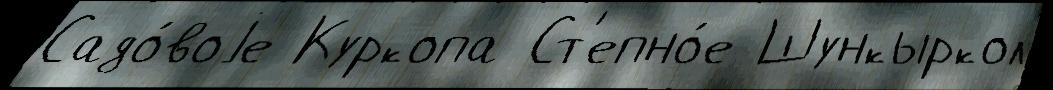
Садо́воjе Куркопа Ст'епно́е Шункыркол